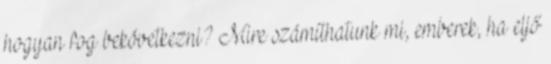
hogyan fog bekövetkezni? Mire számíthatunk mi, emberek, ha eljő